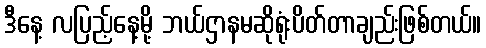
ဒီနေ့ လပြည့်နေ့မို့ ဘယ်ဌာနမဆိုရုံးပိတ်တာချည်းဖြစ်တယ်။